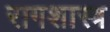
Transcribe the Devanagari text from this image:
रागशास्त्र